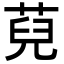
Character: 萖